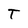
Character: T